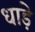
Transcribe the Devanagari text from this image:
धाड़े